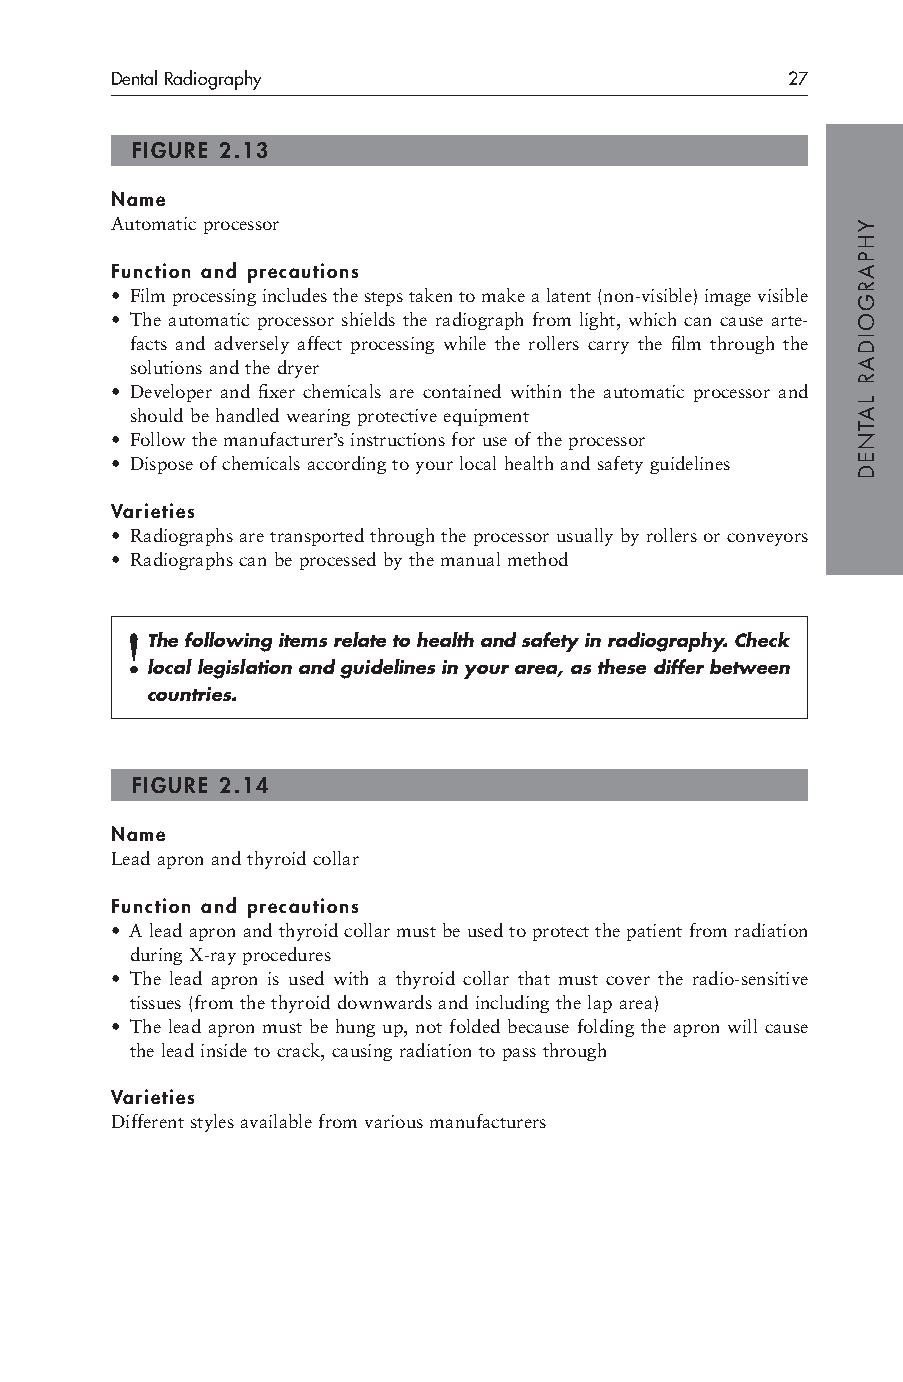
Dental Radiography                           27
 FIGURE 2.13
 Name
 Automatic processor
 Function and precautions
 • Film processing includes the steps taken to make a latent (non-visible) image visible
 • The automatic processor shields the radiograph from light, which can cause arte-
 facts and adversely affect processing while the rollers carry the film through the
 solutions and the dryer
 • Developer and fixer chemicals are contained within the automatic processor and
 should be handled wearing protective equipment
 • Follow the manufacturer’s instructions for use of the processor
 • Dispose of chemicals according to your local health and safety guidelines
 Varieties
 • Radiographs are transported through the processor usually by rollers or conveyors
 • Radiographs can be processed by the manual method
 !The following items relate to health and safety in radiography. Check
 local legislation and guidelines in your area, as these differ between
 countries.
 FIGURE 2.14
 Name
 Lead apron and thyroid collar
 Function and precautions
 • A lead apron and thyroid collar must be used to protect the patient from radiation
 during X-ray procedures
 • The lead apron is used with a thyroid collar that must cover the radio-sensitive
 tissues (from the thyroid downwards and including the lap area)
 • The lead apron must be hung up, not folded because folding the apron will cause
 the lead inside to crack, causing radiation to pass through
 Varieties
 Different styles available from various manufacturers
 YHPARGOIDAR
 LATNED